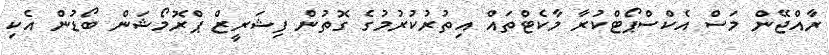
ރާއްޖޭން މަސް އެކްސްޕޯޓްކުރާ މާކެޓްތައް އިތުރުކުރުމުގެ ގޮތުން ފިޝަރީޒް ޕްރޮމޯޝަން ބޯޑުން އެކި